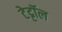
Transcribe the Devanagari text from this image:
टेट्टॉल